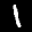
Label: 1